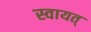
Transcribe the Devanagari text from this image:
स्वायत्